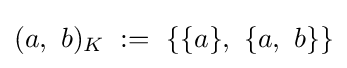
(a,\ b)_{K}\;:=\ \{\{a\},\ \{a,\ b\}\}